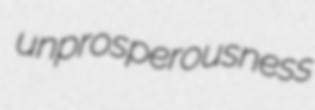
unprosperousness